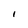
Character: l